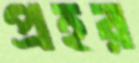
প্রহর